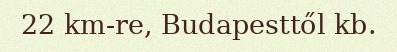
22 km-re, Budapesttől kb.